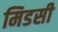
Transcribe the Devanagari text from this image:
मिडसी